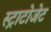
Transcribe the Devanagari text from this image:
स्ट्राटोजेट